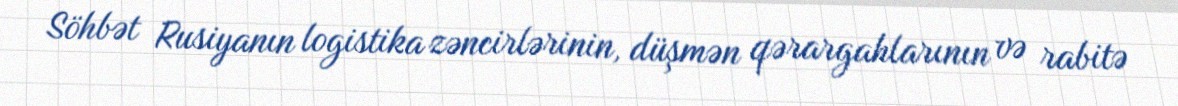
Söhbət Rusiyanın logistika zəncirlərinin, düşmən qərargahlarının və rabitə